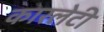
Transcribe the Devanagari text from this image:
कारलेटी